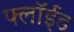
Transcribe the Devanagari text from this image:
फ्लॉईड